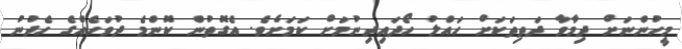
މީހުންނަށް ދިމާވާ ދަތިތަކަށް ހައްލު ހޯދައިދިނުމަށް ކަމަށެވެ. އެގޮތުން ކޮންމެ ދުވަހެއްގެ ހެދުނު